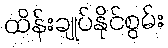
ထိန်းချုပ်နိုင်စွမ်း